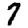
Digit: 7